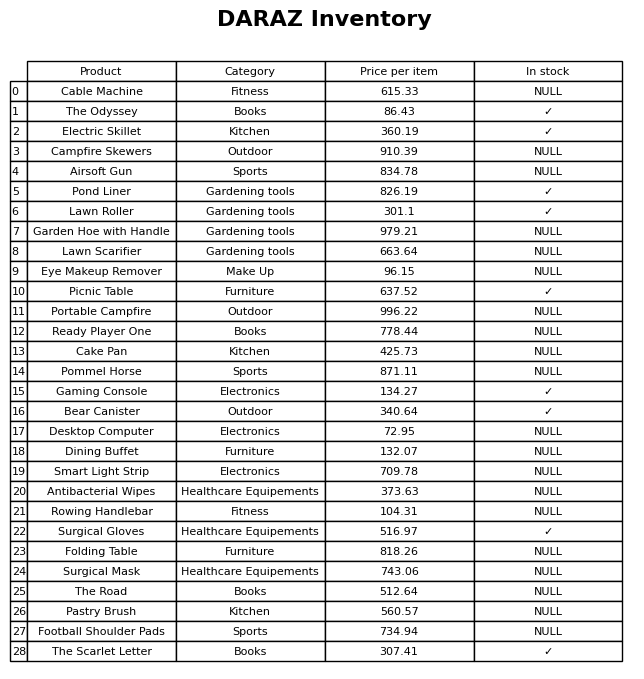
question: What is the price for Antibacterial Wipes?
answer: The price of Antibacterial Wipes is 373.63.